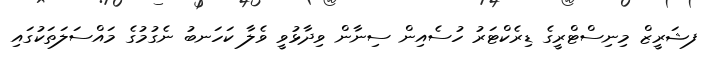
ފޝަރީޒް މިނިސްޓްރީގެ ޑިރެކްޓަރު ހުސެއިން ސިނާން ވިދާޅުވީ ވެލާ ކަހަނބު ނެގުމުގެ މައްސަލަތަކުގައި